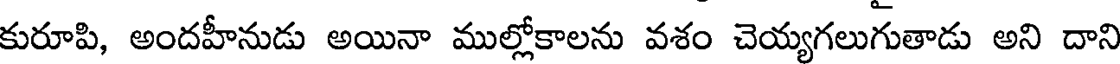
కురూపి, అందహీనుడు అయినా ముల్లోకాలను వశం చెయ్యగలుగుతాడు అని దాని